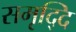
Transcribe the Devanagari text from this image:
समृद्दि